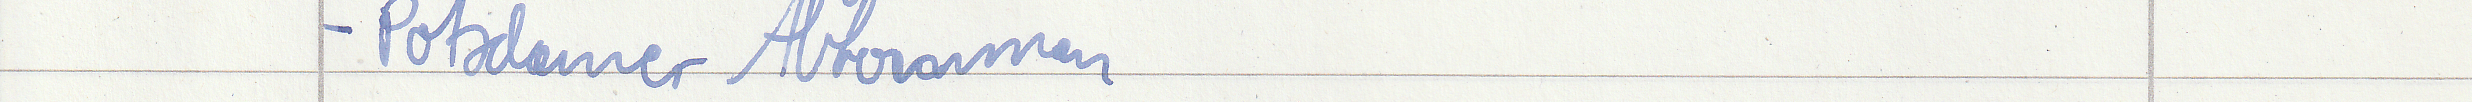
- Potsdamer Abkommen